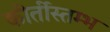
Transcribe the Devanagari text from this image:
कीर्तीस्तम्भ